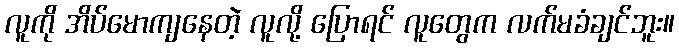
လူကို အိပ်မောကျနေတဲ့ လူလို့ ပြောရင် လူတွေက လက်မခံချင်ဘူး။